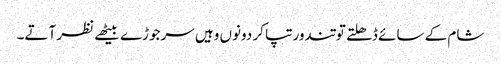
شام کے سائے ڈھلتے تو تندور تپا کر دونوں وہیں سرجوڑے بیٹھے نظر آتے۔